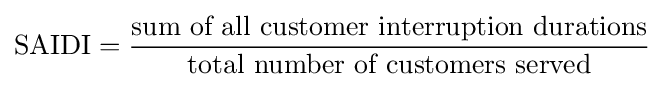
{\mbox{SAIDI}}={\frac {\mbox{sum of all customer interruption durations}}{\mbox{total number of customers served}}}